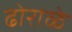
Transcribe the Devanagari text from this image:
ढोराळे